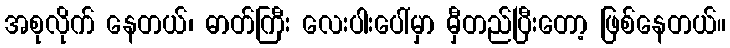
အစုလိုက် နေတယ်၊ ဓာတ်ကြီး လေးပါးပေါ်မှာ မှီတည်ပြီးတော့ ဖြစ်နေတယ်။